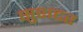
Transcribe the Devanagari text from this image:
सुशटर